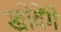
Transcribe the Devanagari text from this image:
खोदेंगे